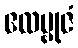
ဧလမ္ဗုဇံ